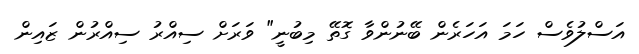
އަސްލުވެސް ހަމަ އަހަރެން ބޭނުންވާ ގޮތޭ މިބުނީ" ވަރަށް ސިއްރު ސިއްރުން ޒައިން